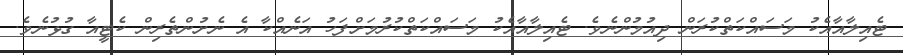
ޓެއިލާއާއެކު މަސައްކަތްކުރަން ދިއުމުންނެވެ. ޓެއިލާއާއެކު މަސައްކަތްކުރުމަށްފަހު އަނެއްކާ އެ ނެށުންތެރިން ކެޓީއާ ގުޅުނެވެ.